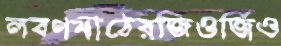
লবণমাঠেরজিওর্জিও